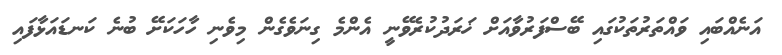
އަނެއްބައި ވައްތަރުތަކުގައި ބޭސްފަރުވާއަށް ޚަރަދުކުރެވޭނީ އެންމެ ގިނަވެގެން މިވެނި ހާހަކަށޭ ބުނެ ކަނޑައަޅާފައި